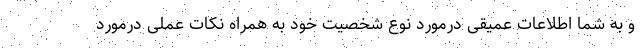
و به شما اطلاعات عمیقی درمورد نوع شخصیت خود به همراه نکات عملی درمورد